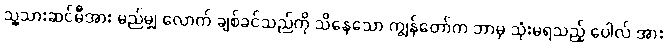
သူ့သားဆင်မီအား မည်မျှ လောက် ချစ်ခင်သည်ကို သိနေသော ကျွန်တော်က ဘာမှ သုံးမရသည့် ပေါလ် အား